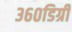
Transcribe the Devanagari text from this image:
३६०डिग्री